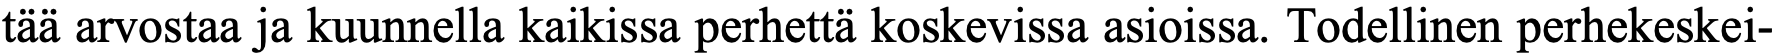
tää arvostaa ja kuunnella kaikissa perhettä koskevissa asioissa. Todellinen perhekeskei-